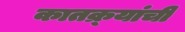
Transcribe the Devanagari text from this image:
कातक्र्‍यांची